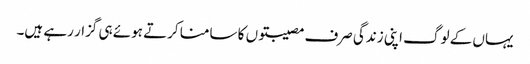
یہاں کے لوگ اپنی زندگی صرف مصیبتوں کا سامنا کرتے ہوئے ہی گزار رہے ہیں۔